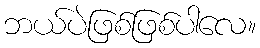
ဘယ်ပဲဖြစ်ဖြစ်ပါလေ။